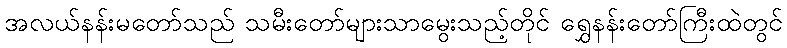
အလယ်နန်းမတော်သည် သမီးတော်များသာမွေးသည့်တိုင် ရွှေနန်းတော်ကြီးထဲတွင်